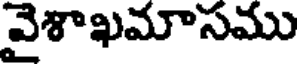
వైశాఖమాసము